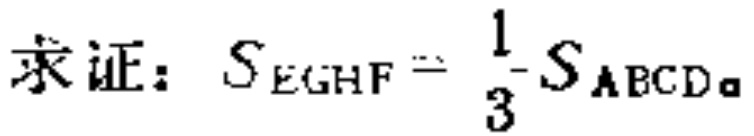
求证：\(S_{EGHF}=\frac{1}{3}S_{ABCD}\)